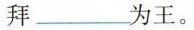
拜___为王。